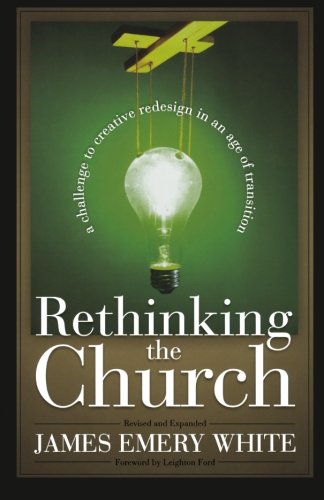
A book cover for Rethinking the Church: A Challenge to Creative Redesign in an Age of Transition; James Emery White; Christian Books & Bibles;